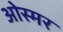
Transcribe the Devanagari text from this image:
ओस्मर